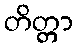
တိတ္တာ